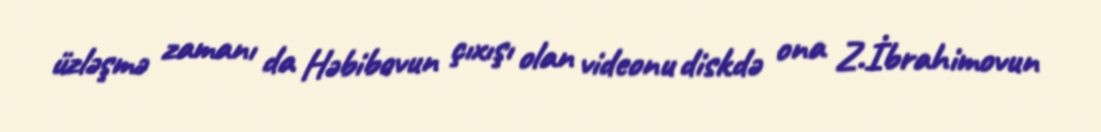
üzləşmə zamanı da Həbibovun çıxışı olan videonu diskdə ona Z.İbrahimovun